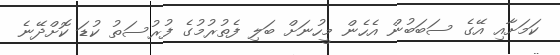
ކަމަށާއި އޭގެ ސަބަބުން އެހެން މީހުނަށް ބަލި ފެތުރުމުގެ ފުރުސަތު ކުޑަ ކޮށްދޭނެ